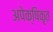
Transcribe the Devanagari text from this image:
अपेक्षिकृत